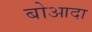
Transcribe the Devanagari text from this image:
बोआदा